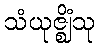
သံယုဇ္ဈိံသု